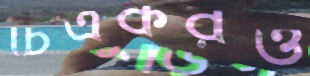
চিত্রকরও